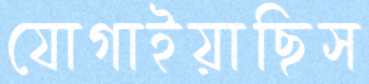
যোগাইয়াছিস